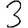
Digit: 3